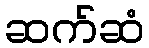
ဆက်ဆံ